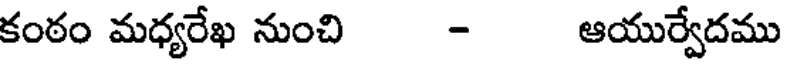
కంఠం మధ్యరేఖ నుంచి - ఆయుర్వేదము